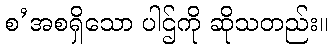
စ’အစရှိသော ပါဌ်ကို ဆိုသတည်း။